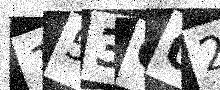
Text: 153002